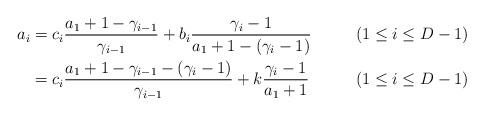
LaTeX: \begin{align*} a_i &=c_i\frac{a_1+1-\gamma_{i-1}}{\gamma_{i-1}}+b_i\frac{\gamma_i-1}{a_1+1-(\gamma_i-1)}&&(1\leq i\leq D-1)\\ &=c_i\frac{a_1+1-\gamma_{i-1}-(\gamma_i-1)}{\gamma_{i-1}}+k\frac{\gamma_i-1}{a_1+1}& &(1\leq i\leq D-1) \end{align*}